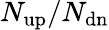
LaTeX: N_{\mathrm{{up}}}/N_{\mathrm{{dn}}}